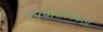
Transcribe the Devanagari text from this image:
उपचारात्मकता